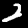
Digit: 2